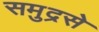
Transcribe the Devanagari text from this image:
समुद्रसे